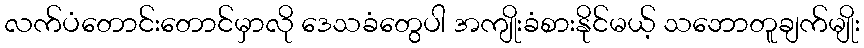
လက်ပံတောင်းတောင်မှာလို ဒေသခံတွေပါ အကျိုးခံစားနိုင်မယ့် သဘောတူချက်မျိုး